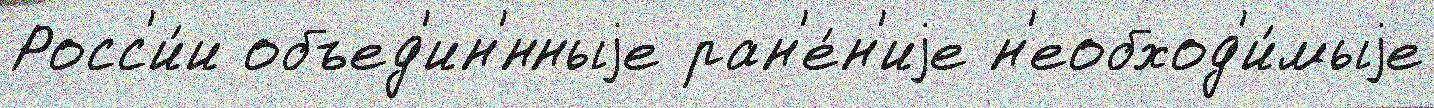
Росс'и́и объед'ин'́нныjе ран'е́н'иjе н'еобход'и́мыjе